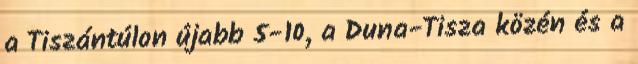
a Tiszántúlon újabb 5-10, a Duna-Tisza közén és a